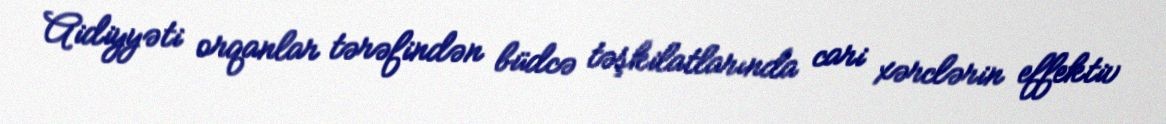
Aidiyyəti orqanlar tərəfindən büdcə təşkilatlarında cari xərclərin effektiv